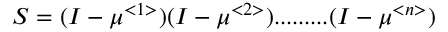
S = ( I - \mu ^ { < 1 > } ) ( I - \mu ^ { < 2 > } ) . . . . . . . . . ( I - \mu ^ { < n > } )